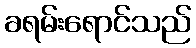
ခရမ်းရောင်သည်